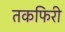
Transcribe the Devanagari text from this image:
तकफिरी